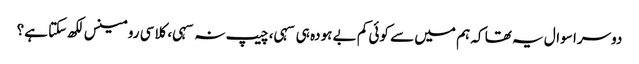
دوسرا سوال یہ تھا کہ ہم میں سے کوئی کم بے ہودہ ہی سہی، چیپ نہ سہی، کلاسی رومینس لکھ سکتا ہے؟